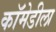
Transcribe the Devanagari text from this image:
कॉमेडीला